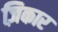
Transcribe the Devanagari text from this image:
ज़िकार